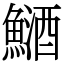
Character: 䲤